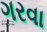
ગરવા